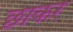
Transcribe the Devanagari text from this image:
छाकर